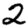
Digit: 2